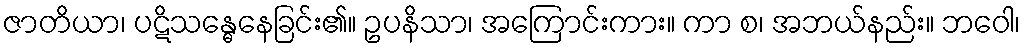
ဇာတိယာ၊ ပဋိသန္ဓေနေခြင်း၏။ ဥပနိသာ၊ အကြောင်းကား။ ကာ စ၊ အဘယ်နည်း။ ဘဝေါ၊